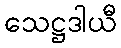
သေဋ္ဌဒါယီ